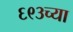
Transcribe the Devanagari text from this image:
६९३च्या